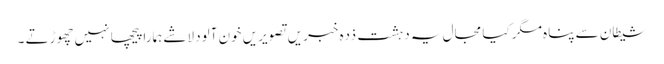
شیطان سے پناہ مگر کیا مجال یہ دہشت ذدہ خبریں تصویریں خون آلود لاشے ہمارا پیچھا نہیں چھوڑتے ۔